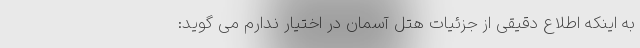
به اینکه اطلاع دقیقی از جزئیات هتل آسمان در اختیار ندارم می گوید: